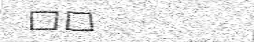
١٢